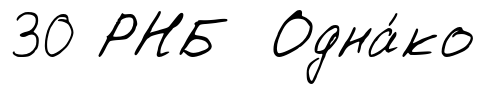
30 РНБ Одна́ко